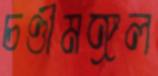
চণ্ডীমঙ্গল